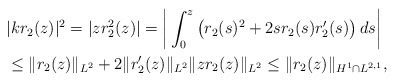
\begin{align*}&|k r_2(z)|^2 = |z r_2^2(z)|= \bigg | \int_0^z\left(r_2(s)^2+2 sr_2(s) r_2'(s)\right) d s\bigg|\\&\leq \|r_2(z)\|_{L^2} +2 \|r_2'(z) \|_{L^2} \|z r_2 (z) \|_{L^2}\leq \|r_2(z)\|_{H^1\cap L^{2,1}},\end{align*}